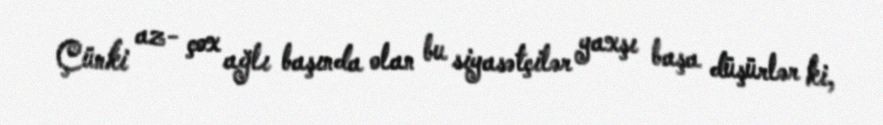
Çünki az- çox ağlı başında olan bu siyasətçilər yaxşı başa düşürlər ki,